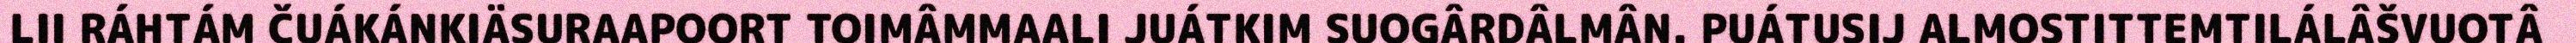
LII RÁHTÁM ČUÁKÁNKIÄSURAAPOORT TOIMÂMMAALI JUÁTKIM SUOGÂRDÂLMÂN. PUÁTUSIJ ALMOSTITTEMTILÁLÂŠVUOTÂ